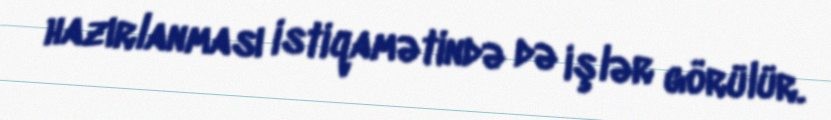
hazırlanması istiqamətində də işlər görülür.